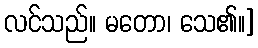
လင်သည်။ မတော၊ သေ၏။]